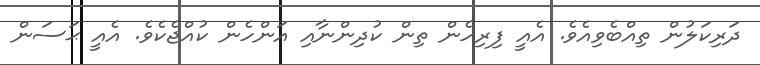
ދަރިކަލުން ތިއްބެވިއެވެ. އެއީ ފިރިހެން ތިން ކުދިންނާއި އަންހެން ކުއްޖެކެވެ. އެއީ ޙަސަން